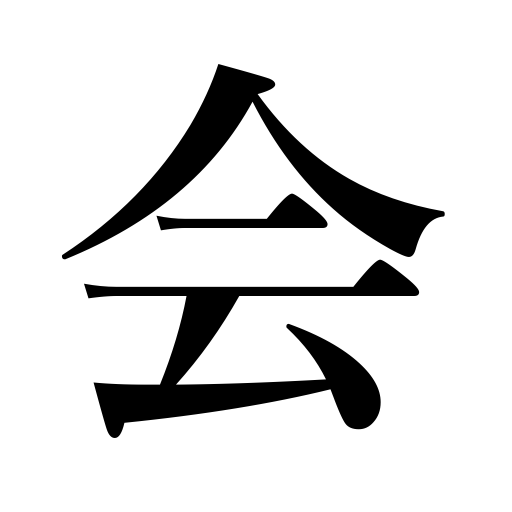
Meanings: club,association,meeting,meet,understanding,assembly,Buddhist ceremony,interview,party